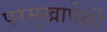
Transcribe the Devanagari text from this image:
परमुखापेक्षी